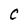
Character: C